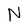
Character: N